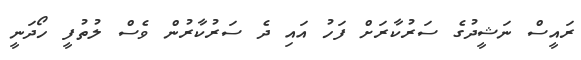
ރައީސް ނަޝީދުގެ ސަރުކާރަށް ފަހު އައި ދެ ސަރުކާރުން ވެސް ލުތުފީ ހޯދަނީ